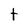
Character: t